Vital statistics of India. Vol. V, Reports of 1876 on armies & jails and on epidemic cholera
Year: 1876
Disease focus: Cholera
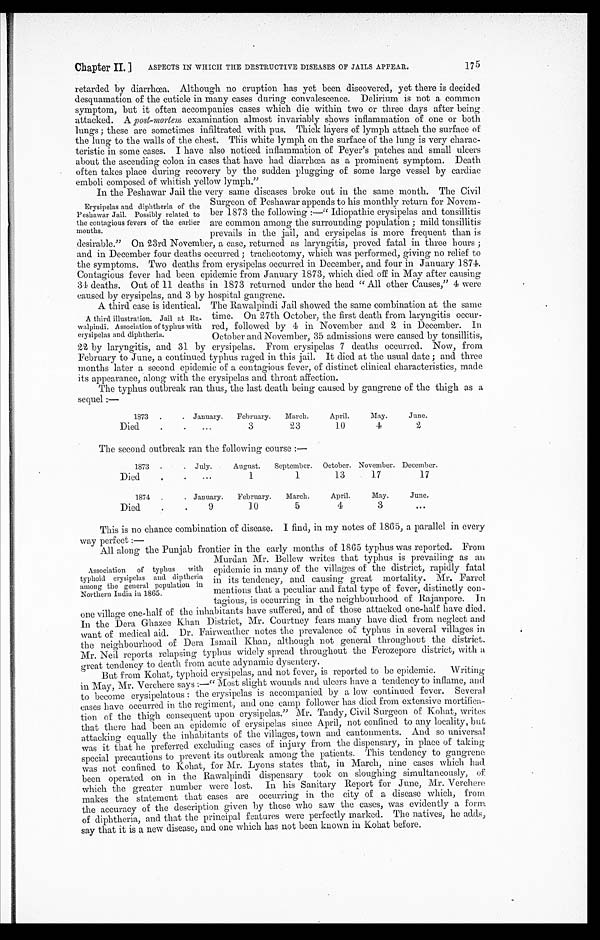
Chapter II.
ASPECTS IN WHICH THE DESTRUCTIVE DISEASES OF JAILS APPEAR.
175
retarded by diarrhœa. Although no eruption has yet been discovered, yet there is decided
desquamation of the cuticle in many cases during convalescence. Delirium is not a common
symptom, but it often accompanies cases which die within two or three days after being.
attacked. A post-mortem examination almost invariably shows inflammation of one or both
lungs ; these are sometimes infiltrated with pus. Thick layers of lymph attach the surface of
the lung to the walls of the chest. This white lymph on the surface of the lung is very charac
- t e r i s t i c i n s o m e c a s e s . I h a v e a l s o n o t i c e d i n f l a m m a t i o n o f P e y e r ' s p a t c h e s a n d s m a l l u l c e r s
about the ascending colon in cases that have had diarrhœa as a prominent symptom. Death
often takes place during recovery by the sudden plugging of some large vessel by cardiac
emboli composed of whitish yellow lymph."
In the Peshawar Jail the very same diseases broke out in the same month. The Civil
Surgeon of Peshawar appends to his monthly return for Novem
- b e r 1 8 7 3 t h e f o l l o w i n g : — " I d i o p a t h i c e r y s i p e l a s a n d t o n s i l l i t i s
are common among the surrounding population ; mild tonsillitis
prevails in the and erysipelas is more freouent than is
desirable." On 23rd November, a case, returned as laryngitis, proved fatal in three hours ;
and in December four deaths occurred ; tracheotomy, which was performed, giving no relief to
the symptoms. Two deaths from erysipelas occurred in December, and four in January 1874.
Contagious fever had been epidemic from January 1873, which died off in May after causing
34 deaths. Out of 11 deaths in 1873 returned under the head "All other Causes," 4 were
caused by er ysipelas, and 3 by hospital gangrene.
A third case is identical. The Rawalpindi Jail showed the same combination at the same
Erysipelas and diphtheria of the
Peshawar Jail. Possibly related to
the contagious fevers of the earlier
A third illustration. Jail at Ra
-walpindi. Association of typhus with
erysipelas and diphtheria.
time. On 27th October, the first death from laryngitis occur
- r e d , f o l l o w e d b y 4 i n N o v e m b e r a n d 2 i n D e c e m b e r . I n
October and November, 35 admissions were caused by tonsillitis.
22 by laryngitis, and 31 by erysipelas. From erysipelas 7 deaths occurred. Now, from
February to June, a continued typhus raged in this jail. It died at the usual date ; and three
months later a second epidemic of a contagious fever, of distinct clinical characteristics, made
its appearance, along with the erysipelas and throat affection.
The typhus outbreak ran thus, the last death being caused by gangrene of the thigh as a
sequel :—
1873
January.
February.
March.
April.
May.
June.
Died
3
23
10
4
2
The second outbreak ran the following course :—
1873
July.
August.
September. October. November. December.
Died
1
1
13
17
17
1874
January.
February.
March.
April.
May.
June.
Died
9
10
5
4
3
This is no chance combination of disease. I find, in my notes of 1865, a parallel in every
way perfect :—
All along the Punjab frontier in the early months of 1805 typhus was reported. From
Association of typhus with
typhoid erysipelas and dip theria
among the general population in
Northern India in 1865.
Murdan Mr. Bellew writes that typhus is prevailing as an.
epidemic in many of the villages of the district, rapidly fatal
in its tendency, and causing great mortality. Mr. Farrel.
mentions that a peculiar and fatal type of fever, distinctly con
-tagious, is occurring in the neighbourhood of Rajanpore. In
one village one-half of the inhabitants have suffered, and of those attacked one-half have died.
In the Dera Ghazee Khan District, Mr. Courtney fears many have died from neglect and
want of medical aid. Dr. Fairweather notes the prevalence of typhus in several villages in
the neighbourhood of Dora Ismail Khan, although not general throughout the district.
Mr. Neil reports relapsing typhus widely spread throughout the Ferozepore district, with a.
great tendency to death from acute adynamic dysentery.
But from Kohat, typhoid erysipelas, and not fever, is reported to be epidemic. Writing
in May, Mr. Verchere says :—"Most slight wounds and ulcers have a tendency to inflame, and
to become erysipelatous : the erysipelas is accompanied by a low continued fever. Several
cases have occurred in the regiment, and one camp follower has died from extensive mortifica
- t i o n o f t h e t h i g h c o n s e q u e n t u p o n e r y s i p e l a s . " M r . T a n d y , C i v i l S u r g e o n o f K o h a t , w r i t e s
that there had been an epidemic of erysipelas since April, not confined to any locality, but
attacking equally the inhabitants of the villages, town and cantonments. And so universal
was it that he preferred excluding cases of injury from the dispensary, in place of taking
special precautions to prevent its outbreak among the patients. This tendency to gangrene
was not confined to Kohat, for Mr. Lyons states that, in March, nine cases which had
been operated on in the Rawalpindi dispensary took on sloughing simultaneously, of
which the greater number were lost. In his Sanitary Report for June, Mr. Verchere
makes the statement that cases are occurring in the city of a disease which, from
the accuracy of the description given by those who saw the cases, was evidently a form
of diphtheria, and that the principal features were perfectly marked. The natives, he adds,
say that it is a new disease, and one which has not been known in Kohat before.